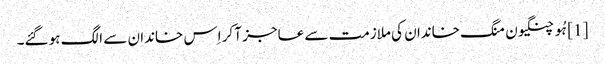
[1] ہُو چنگیون منگ خاندان کی ملازمت سے عاجز آ کر اِس خاندان سے الگ ہو گئے۔